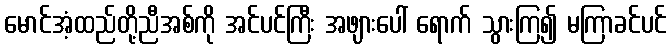
မောင်အံ့ထည်တို့ညီအစ်ကို အင်ပင်ကြီး အဖျားပေါ် ရောက် သွားကြ၍ မကြာခင်ပင်